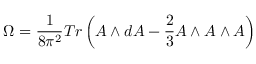
\Omega = \frac 1 { 8 \pi ^ { 2 } } T r \left( A \wedge d A - \frac 2 3 A \wedge A \wedge A \right)